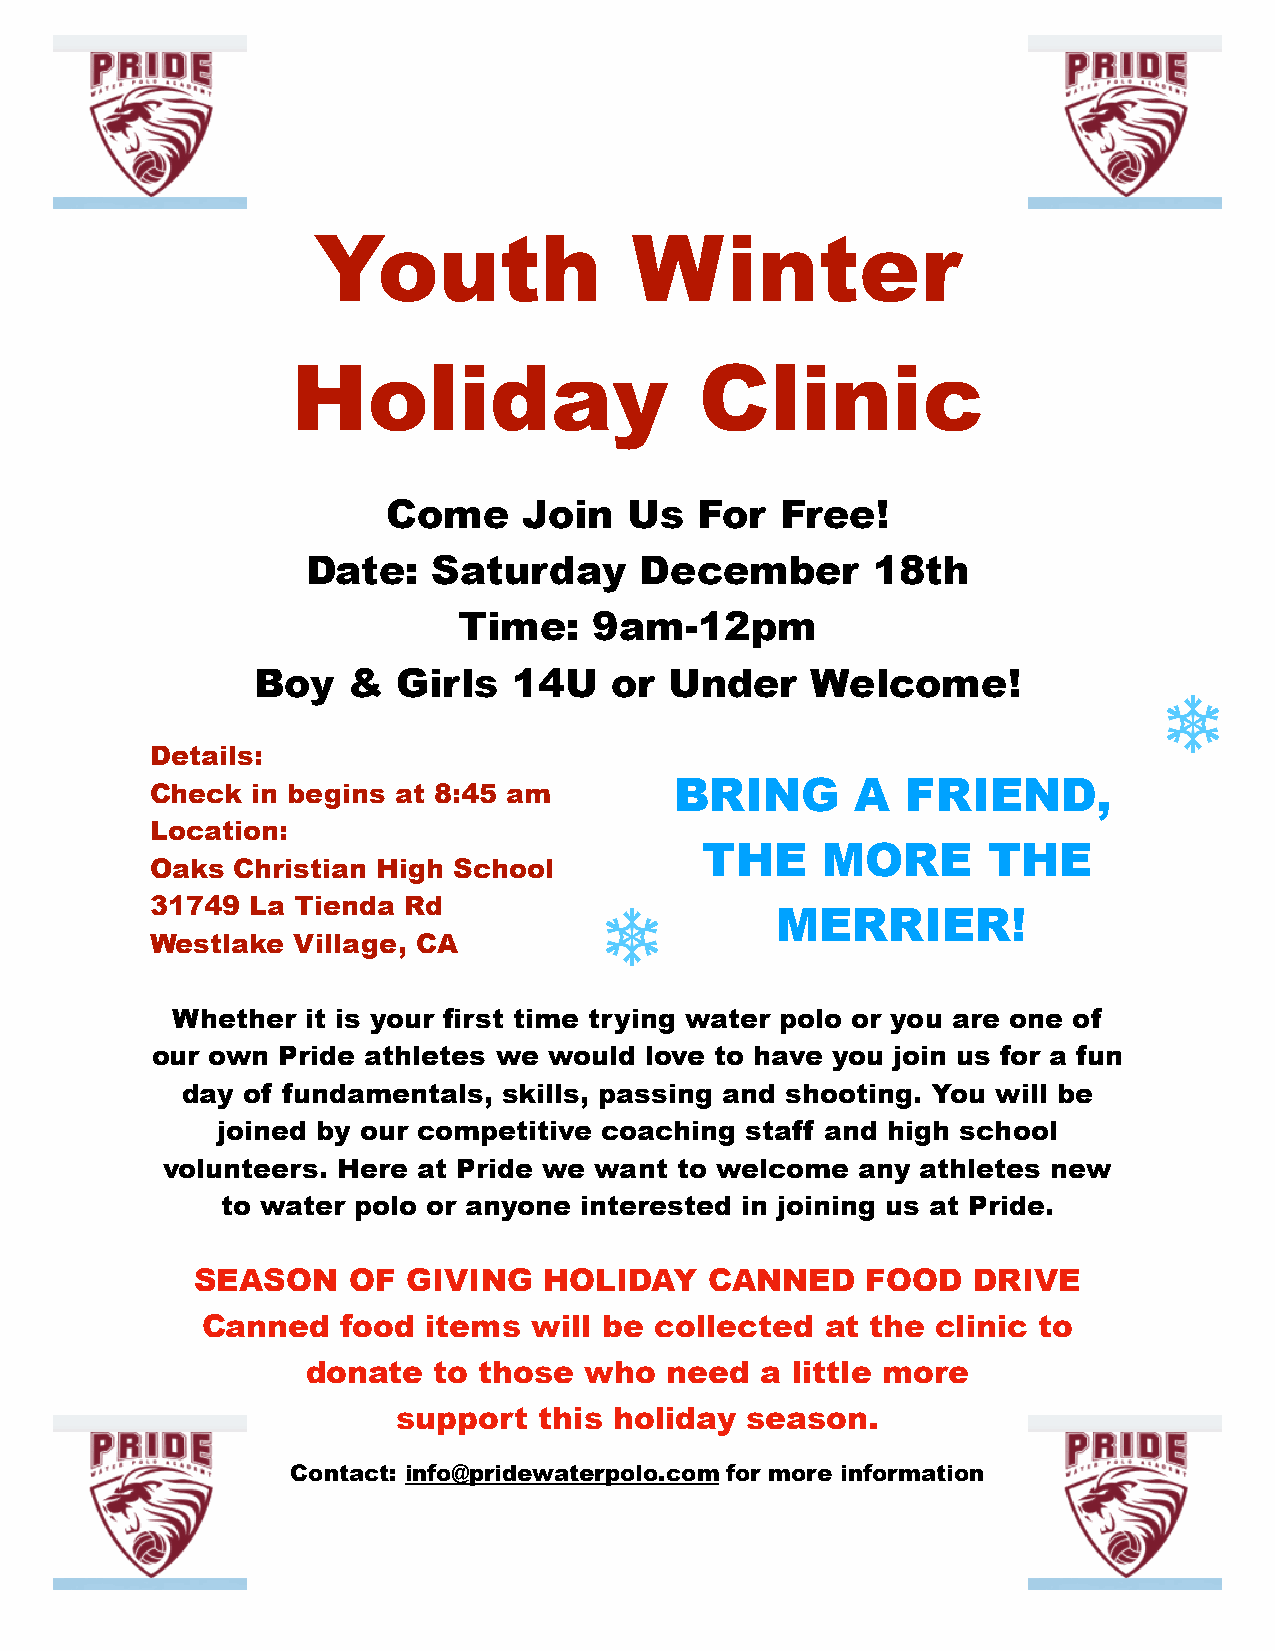
Youth                Winter
 Holiday                    Clinic
 Come     Join   Us  For   Free!
 Date:    Saturday     December        18th
 Time:    9am-12pm
 Boy   &  Girls   14U   or  Under     Welcome!
 Details:
 Check  in begins at 8:45 am        BRING       A  FRIEND,
 Location:
 THE    MORE       THE
 Oaks  Christian High School
 31749  La Tienda Rd
 MERRIER!
 Westlake Village, CA
 Whether  it is your first time trying water polo or you are one of
 our own Pride athletes we would  love to have you join us for a fun
 day of fundamentals, skills, passing and shooting. You will be
 joined by our competitive coaching staff and high school
 volunteers. Here at Pride we want to welcome  any athletes new
 to water polo or anyone interested in joining us at Pride.
 SEASON    OF  GIVING   HOLIDAY    CANNED    FOOD   DRIVE
 Canned    food items  will be collected   at the clinic to
 donate   to those  who  need  a little more
 support   this holiday season.
 Contact: info@pridewaterpolo.com for more information